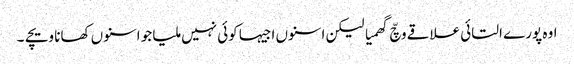
اوہ پورے التائی علاقے وچّ گھمیا لیکن اسنوں اجیہا کوئی نہیں ملیا جو اسنوں کھانا ویچے ۔